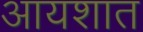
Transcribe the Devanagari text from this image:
आयशात